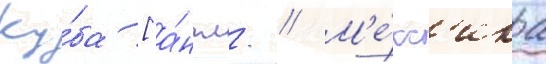
Ку́ба [а́нгл. // М'е́кс'ика